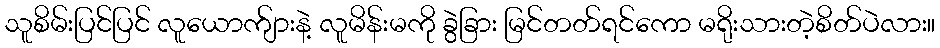
သူစိမ်းပြင်ပြင် လူယောက်ျားနဲ့ လူမိန်းမကို ခွဲခြား မြင်တတ်ရင်ကော မရိုးသားတဲ့စိတ်ပဲလား။